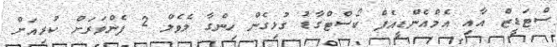
ސްޓަޑީޒް އާއި އެމްއެންޑީއެފް ކޯސްޓްގާޑު ގުޅިގެން ހިންގާ ލެވެލް 2 ފެންވަރަށް ކުރިއަށް